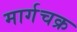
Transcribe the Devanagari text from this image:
मार्गचक्र